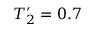
T _ { 2 } ^ { \prime } = 0 . 7